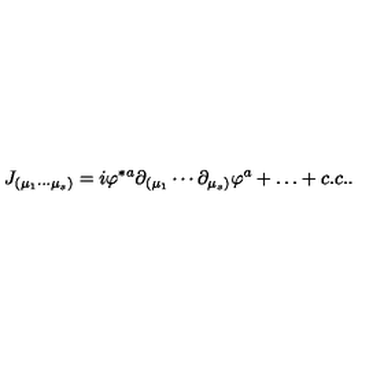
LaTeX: J _ { ( \mu _ { 1 } \cdots \mu _ { s } ) } = i \varphi ^ { * a } \partial _ { ( \mu _ { 1 } } \cdots \partial _ { \mu _ { s } ) } \varphi ^ { a } + \ldots + c . c . .